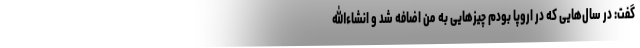
گفت: در سال‌هایی که در اروپا بودم چیزهایی به من اضافه شد و انشاءالله